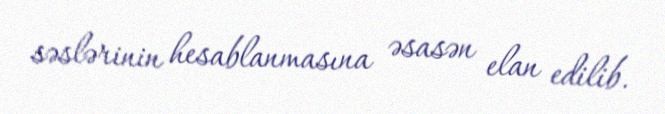
səslərinin hesablanmasına əsasən elan edilib.